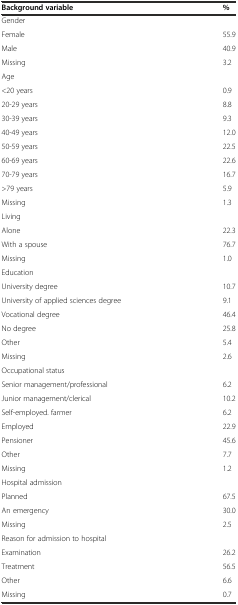
<table><thead><tr><td><b>Background variable</b></td><td><b>%</b></td></tr></thead><tbody><tr><td>Gender</td><td></td></tr><tr><td>Female</td><td>55.9</td></tr><tr><td>Male</td><td>40.9</td></tr><tr><td>Missing</td><td>3.2</td></tr><tr><td>Age</td><td></td></tr><tr><td>&lt;20 years</td><td>0.9</td></tr><tr><td>20-29 years</td><td>8.8</td></tr><tr><td>30-39 years</td><td>9.3</td></tr><tr><td>40-49 years</td><td>12.0</td></tr><tr><td>50-59 years</td><td>22.5</td></tr><tr><td>60-69 years</td><td>22.6</td></tr><tr><td>70-79 years</td><td>16.7</td></tr><tr><td>&gt;79 years</td><td>5.9</td></tr><tr><td>Missing</td><td>1.3</td></tr><tr><td>Living</td><td></td></tr><tr><td>Alone</td><td>22.3</td></tr><tr><td>With a spouse</td><td>76.7</td></tr><tr><td>Missing</td><td>1.0</td></tr><tr><td>Education</td><td></td></tr><tr><td>University degree</td><td>10.7</td></tr><tr><td>University of applied sciences degree</td><td>9.1</td></tr><tr><td>Vocational degree</td><td>46.4</td></tr><tr><td>No degree</td><td>25.8</td></tr><tr><td>Other</td><td>5.4</td></tr><tr><td>Missing</td><td>2.6</td></tr><tr><td>Occupational status</td><td></td></tr><tr><td>Senior management/professional</td><td>6.2</td></tr><tr><td>Junior management/clerical</td><td>10.2</td></tr><tr><td>Self-employed. farmer</td><td>6.2</td></tr><tr><td>Employed</td><td>22.9</td></tr><tr><td>Pensioner</td><td>45.6</td></tr><tr><td>Other</td><td>7.7</td></tr><tr><td>Missing</td><td>1.2</td></tr><tr><td>Hospital admission</td><td></td></tr><tr><td>Planned</td><td>67.5</td></tr><tr><td>An emergency</td><td>30.0</td></tr><tr><td>Missing</td><td>2.5</td></tr><tr><td>Reason for admission to hospital</td><td></td></tr><tr><td>Examination</td><td>26.2</td></tr><tr><td>Treatment</td><td>56.5</td></tr><tr><td>Other</td><td>6.6</td></tr><tr><td>Missing</td><td>0.7</td></tr></tbody></table>